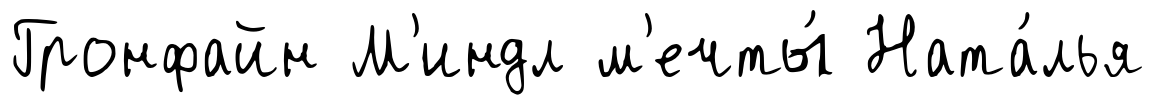
Гронфайн М'индл м'ечты́ Ната́лья